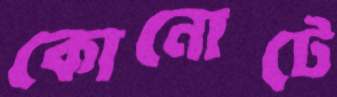
কোনোটে